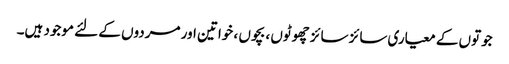
جوتوں کے معیاری سائز سائز چھوٹوں ، بچوں ، خواتین اور مردوں کے لئے موجود ہیں۔